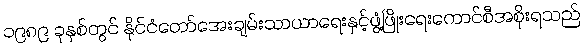
၁၉၈၉ ခုနှစ်တွင် နိုင်ငံတော်အေးချမ်းသာယာရေးနှင့်ဖွံ့ဖြိုးရေးကောင်စီအစိုးရသည်